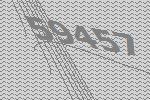
59457